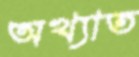
অখ্যাত